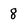
Character: 8